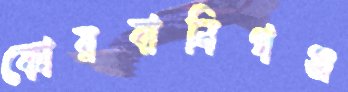
কোরবানিগঞ্জ